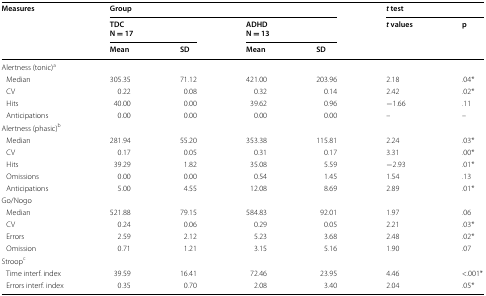
<table><thead><tr><td rowspan="3"><b>Measures</b></td><td colspan="4"><b>Group</b></td><td colspan="2"><b><i>t</i> test</b></td></tr><tr><td colspan="2"><b>TDCN = 17</b></td><td colspan="2"><b>ADHDN = 13</b></td><td rowspan="2"><b><i>t</i> values</b></td><td rowspan="2"><b>p</b></td></tr><tr><td><b>Mean</b></td><td><b>SD</b></td><td><b>Mean</b></td><td><b>SD</b></td></tr></thead><tbody><tr><td colspan="7">Alertness (tonic)<sup>a</sup></td></tr><tr><td> Median</td><td>305.35</td><td>71.12</td><td>421.00</td><td>203.96</td><td>2.18</td><td>.04*</td></tr><tr><td> CV</td><td>0.22</td><td>0.08</td><td>0.32</td><td>0.14</td><td>2.42</td><td>.02*</td></tr><tr><td> Hits</td><td>40.00</td><td>0.00</td><td>39.62</td><td>0.96</td><td>−1.66</td><td>.11</td></tr><tr><td> Anticipations</td><td>0.00</td><td>0.00</td><td>0.00</td><td>0.00</td><td>–</td><td>–</td></tr><tr><td colspan="7">Alertness (phasic)<sup>b</sup></td></tr><tr><td> Median</td><td>281.94</td><td>55.20</td><td>353.38</td><td>115.81</td><td>2.24</td><td>.03*</td></tr><tr><td> CV</td><td>0.17</td><td>0.05</td><td>0.31</td><td>0.17</td><td>3.31</td><td>.00*</td></tr><tr><td> Hits</td><td>39.29</td><td>1.82</td><td>35.08</td><td>5.59</td><td>−2.93</td><td>.01*</td></tr><tr><td> Omissions</td><td>0.00</td><td>0.00</td><td>0.54</td><td>1.45</td><td>1.54</td><td>.13</td></tr><tr><td> Anticipations</td><td>5.00</td><td>4.55</td><td>12.08</td><td>8.69</td><td>2.89</td><td>.01*</td></tr><tr><td colspan="7">Go/Nogo</td></tr><tr><td> Median</td><td>521.88</td><td>79.15</td><td>584.83</td><td>92.01</td><td>1.97</td><td>.06</td></tr><tr><td> CV</td><td>0.24</td><td>0.06</td><td>0.29</td><td>0.05</td><td>2.21</td><td>.03*</td></tr><tr><td> Errors</td><td>2.59</td><td>2.12</td><td>5.23</td><td>3.68</td><td>2.48</td><td>.02*</td></tr><tr><td> Omission</td><td>0.71</td><td>1.21</td><td>3.15</td><td>5.16</td><td>1.90</td><td>.07</td></tr><tr><td colspan="7">Stroop<sup>c</sup></td></tr><tr><td> Time interf. index</td><td>39.59</td><td>16.41</td><td>72.46</td><td>23.95</td><td>4.46</td><td>&lt;.001*</td></tr><tr><td> Errors interf. index</td><td>0.35</td><td>0.70</td><td>2.08</td><td>3.40</td><td>2.04</td><td>.05*</td></tr></tbody></table>